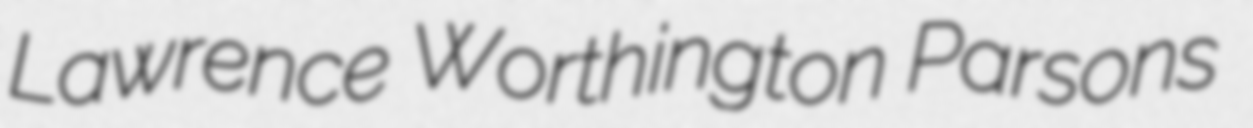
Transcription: Lawrence Worthington Parsons